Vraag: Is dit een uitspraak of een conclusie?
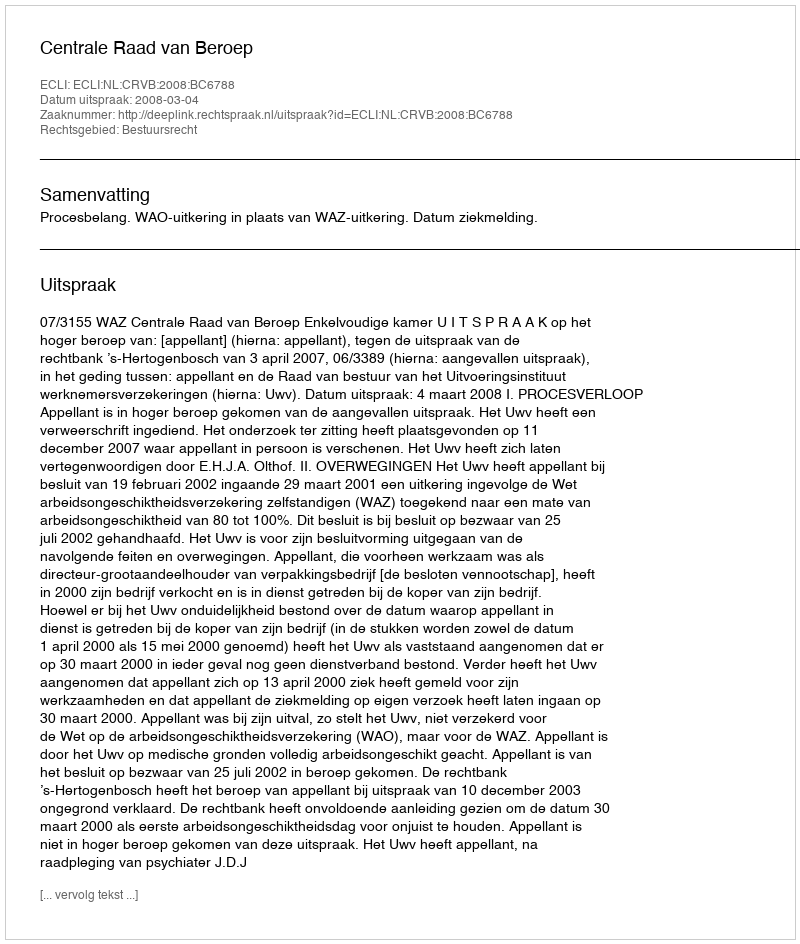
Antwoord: Uitspraak